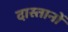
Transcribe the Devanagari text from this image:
दास्तानों